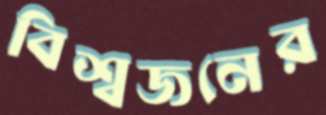
বিশ্বজনের